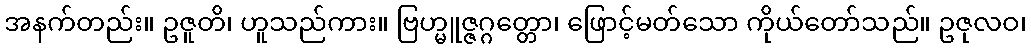
အနက်တည်း။ ဥဇူတိ၊ ဟူသည်ကား။ ဗြဟ္မူဇ္ဇဂ္ဂတ္တော၊ ဖြောင့်မတ်သော ကိုယ်တော်သည်။ ဥဇုလဝ၊